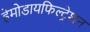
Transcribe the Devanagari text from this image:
हेमोडायफिल्ट्रेशन